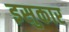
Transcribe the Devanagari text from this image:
इसुकार